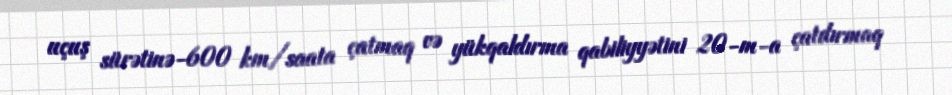
uçuş sürətinə-600 km/saata çatmaq və yükqaldırma qabiliyyətini 20-m-a çatdırmaq